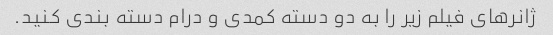
ژانرهای فیلم زیر را به دو دسته کمدی و درام دسته بندی کنید.